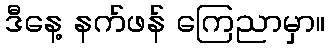
ဒီနေ့ နက်ဖန် ကြေညာမှာ။